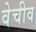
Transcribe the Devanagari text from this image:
वेचीव